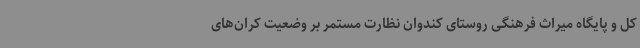
کل و پایگاه میراث فرهنگی روستای کندوان نظارت مستمر بر وضعیت کران‌های